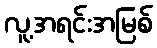
လူ့အရင်းအမြစ်